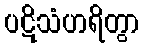
ပဋိသံဟရိတွာ